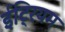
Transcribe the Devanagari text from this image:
ईट्रियम